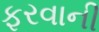
ફરવાની